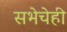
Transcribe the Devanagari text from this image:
सभेचेही